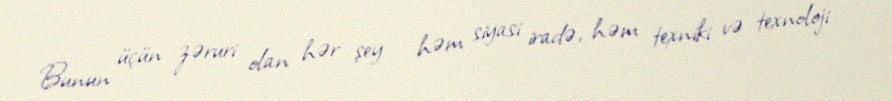
Bunun üçün zəruri olan hər şey - həm siyasi iradə, həm texniki və texnoloji